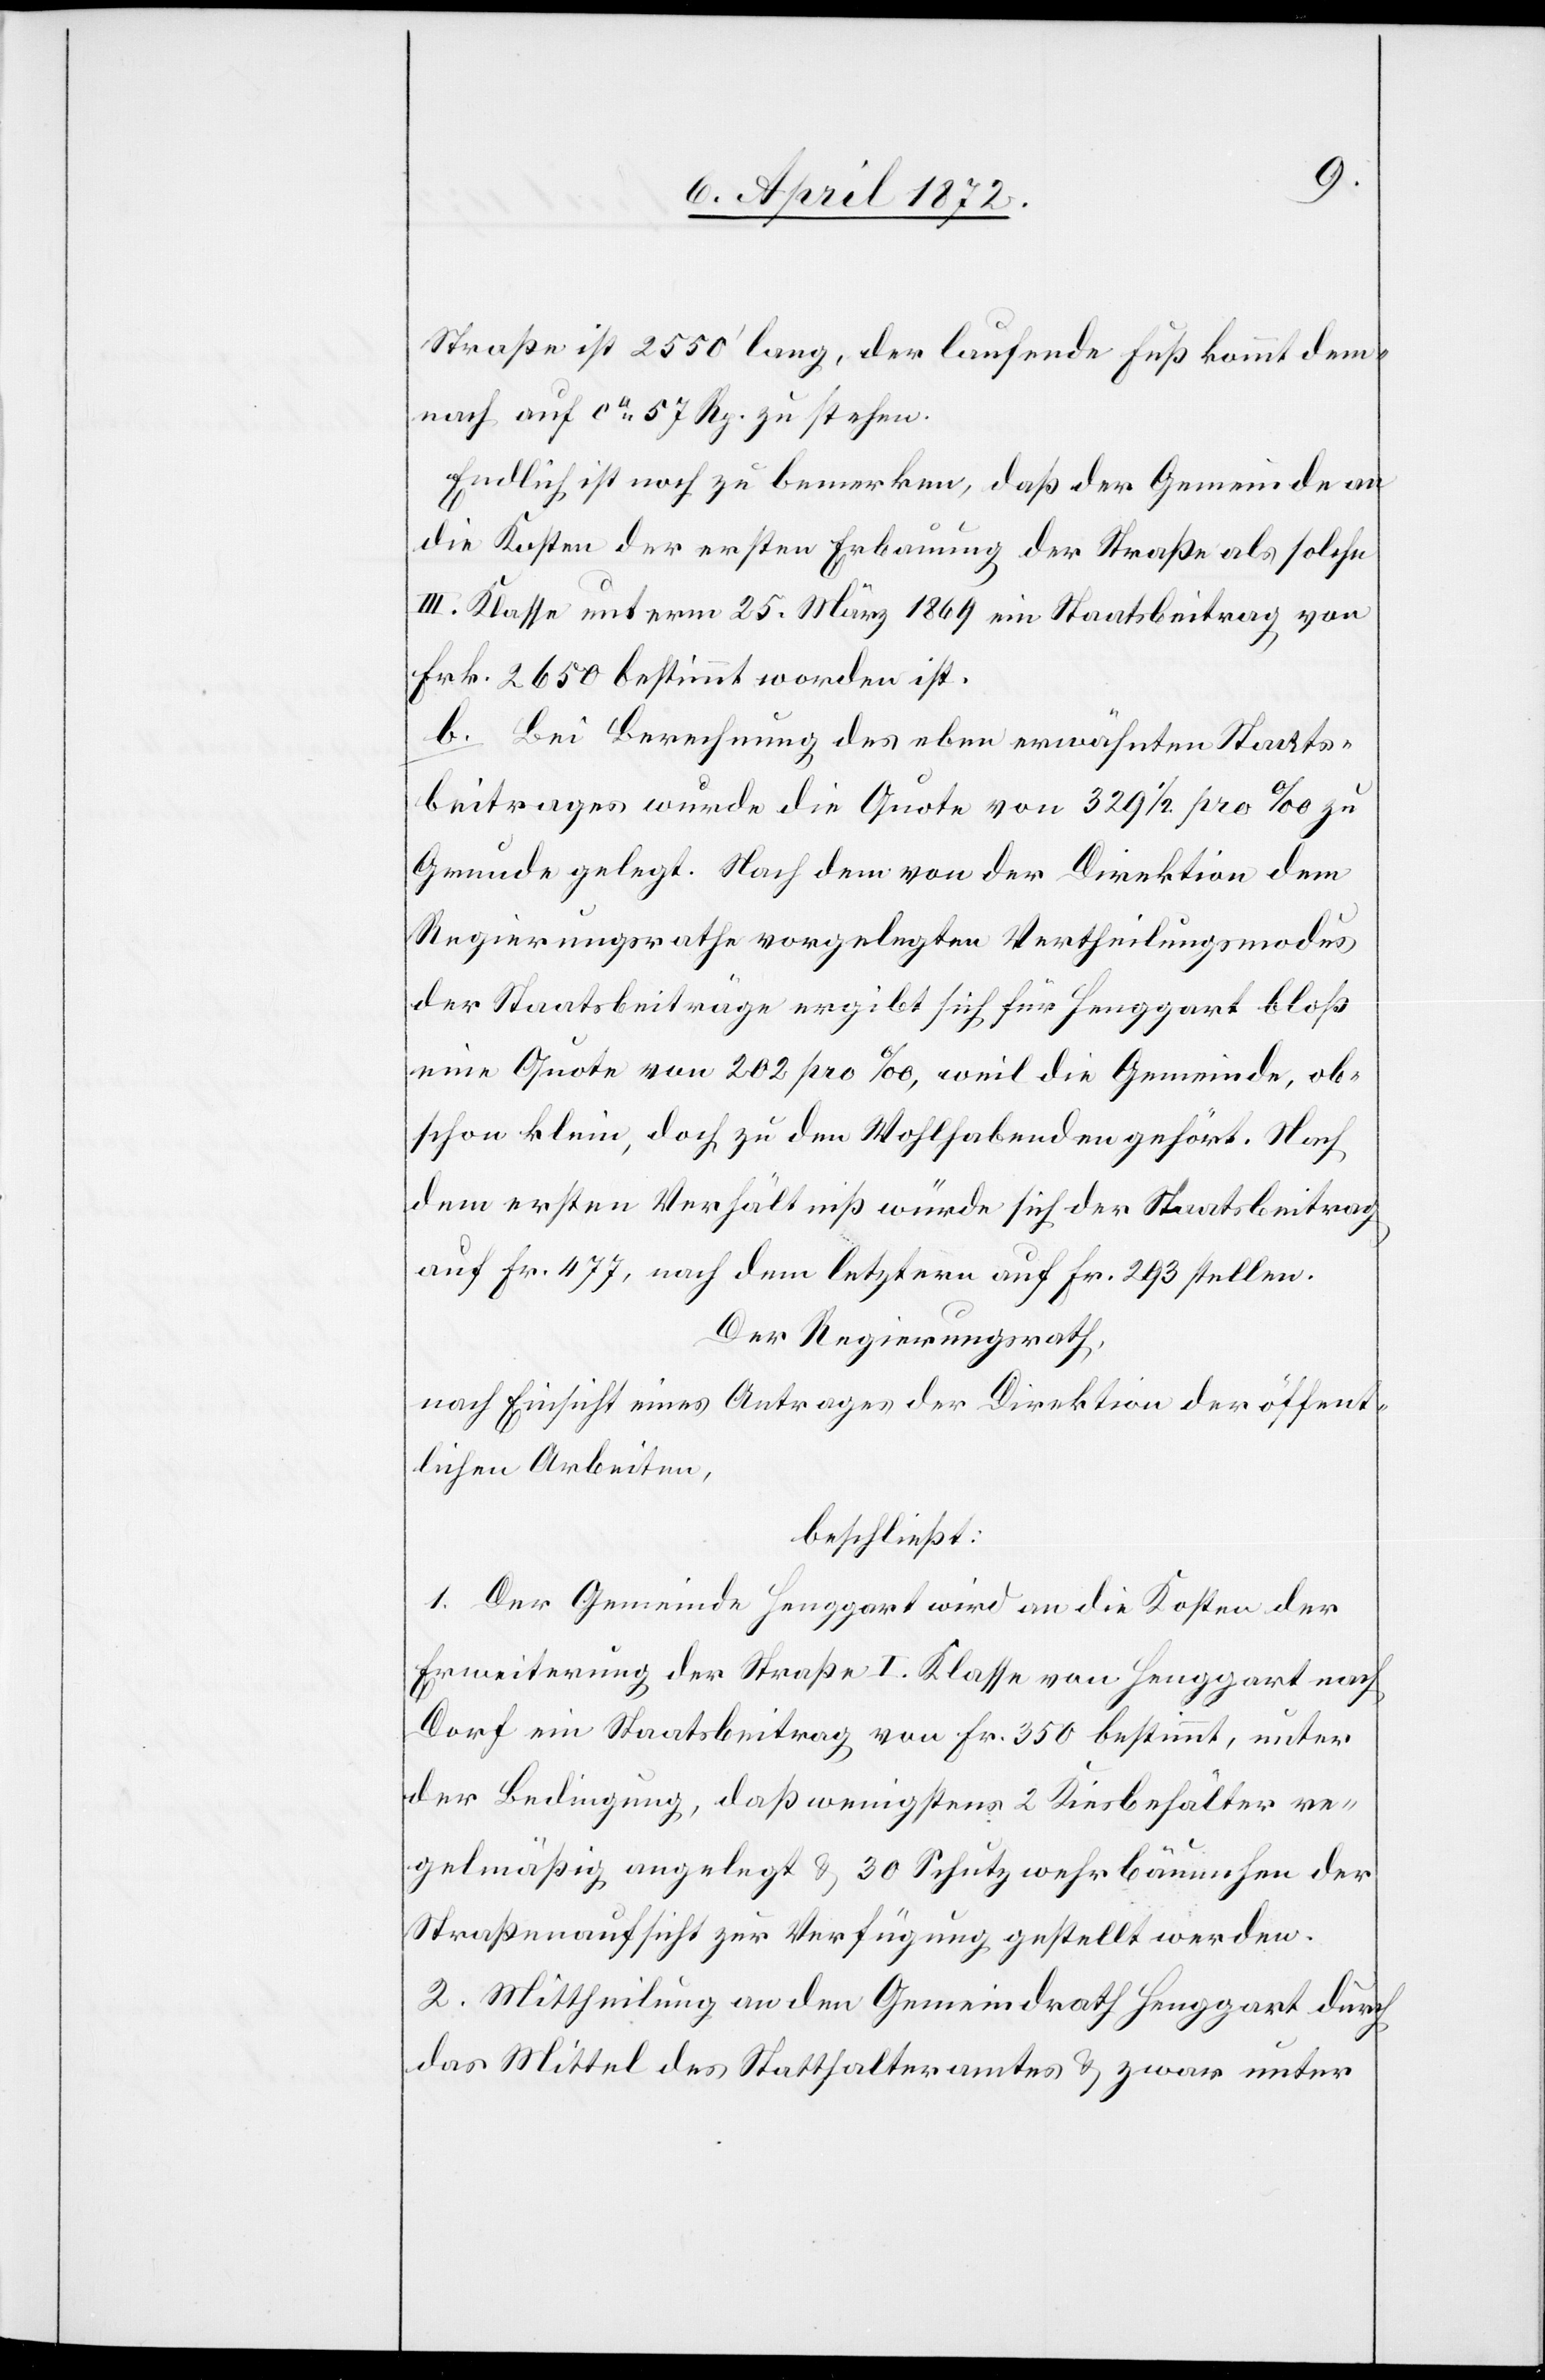
Straße ist 2550’ lang, der laufende Fuß kommt dem¬
nach auf ca 57 Rp. zu stehen.
Endlich ist noch zu bemerken, daß der Gemeinde an
die Kosten der ersten Erbauung der Straße als solche
III. Klasse unterm 25. März 1869 ein Staatsbeitrag von
Frk. 2650 bestimmt worden ist.
b. Bei Berechnung des eben erwähnten Staats¬
beitrages wurde die Quote von 329 1/2 pro ‰ zu
Grunde gelegt. Nach dem von der Direktion dem
Regierungsrathe vorgelegten Vertheilungsmodus
der Staatsbeiträge ergibt sich für Henggart bloß
eine Quote von 202 pro ‰, weil die Gemeinde, ob¬
schon klein, doch zu den Wohlhabenden gehört. Nach
dem ersten Verhältniß würde sich der Staatsbeitrag
auf Fr. 477, nach dem letztern auf Fr. 293 stellen.
Der Regierungsrath,
nach Einsicht eines Antrages der Direktion der öffent¬
lichen Arbeiten,
beschließt:
1. Der Gemeinde Henggart wird an die Kosten der
Erweiterung der Straße I. Klasse von Henggart nach
Dorf ein Staatsbeitrag von Fr. 350 bestimmt, unter
der Bedingung, daß wenigstens 2 Kiesbehälter re¬
gelmäßig angelegt u. 30 Schutzwehrbäumchen der
Straßenaufsicht zur Verfügung gestellt werden.
2. Mittheilung an den Gemeindrath Henggart durch
das Mittel des Statthalteramtes u. zwar unter